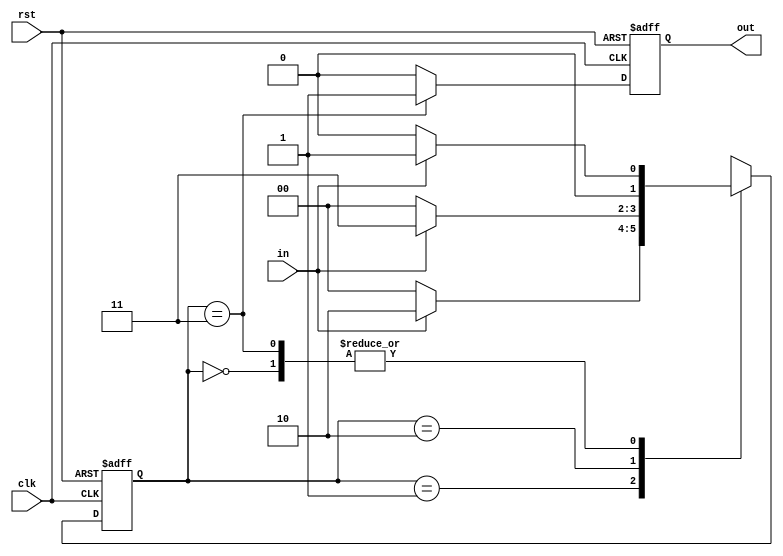
module seq_detect(clk,rst,in,out);
input clk,rst,in;
output out;
reg[1:0] state;
reg out;

always@ (posedge clk,posedge rst) begin
if(rst)
state<=2'b00;
else
begin 
  case (state)
   2'b00: begin 
   if(in) state<=2'b01;
   else state<=2'b00;
   end
   2'b01: begin
   if(in) state<=2'b10;
   else state<=2'b00;
   end
   2'b10: begin
   if(in) state<=2'b11;
   else state<=2'b00;
   end
   2'b11: begin
   if(in) state<=2'b01;
   else state<=2'b00;
   end
   endcase
   end
 end
 always @(posedge clk,posedge rst) begin
 if(rst)
  out<=0;
 else if (state==2'b11)
  out<=1;
 else
   out<=0;
 end
 endmodule